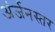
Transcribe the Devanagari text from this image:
अंर्जनस्तर